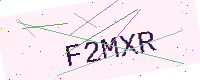
Text: F2MXR